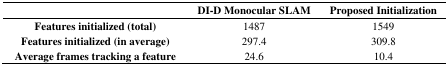
<table><thead><tr><td></td><td><b>DI-D Monocular SLAM</b></td><td><b>Proposed Initialization</b></td></tr></thead><tbody><tr><td><b>Features initialized (total)</b></td><td>1487</td><td>1549</td></tr><tr><td><b>Features initialized (in average)</b></td><td>297.4</td><td>309.8</td></tr><tr><td><b>Average frames tracking a feature</b></td><td>24.6</td><td>10.4</td></tr></tbody></table>